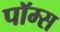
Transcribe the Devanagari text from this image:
पॉम्स